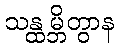
သန္ထမ္ဘိတွာန